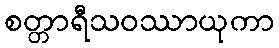
စတ္တာရီသဝဿာယုကာ